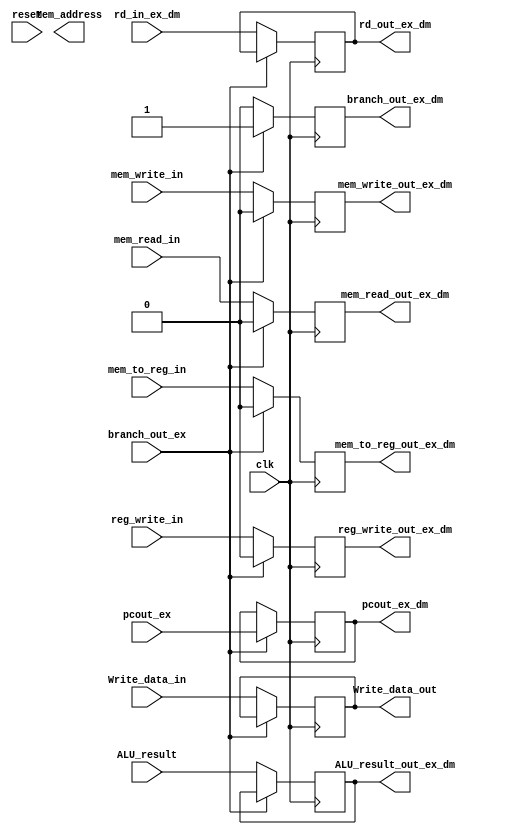
module EX_DM_register (
    ALU_result, ALU_result_out_ex_dm, mem_read_in, mem_write_in, Write_data_in, rd_in_ex_dm, Mem_address, mem_read_out_ex_dm, mem_write_out_ex_dm, Write_data_out, mem_to_reg_in, reg_write_in, mem_to_reg_out_ex_dm, reg_write_out_ex_dm, clk, reset, rd_out_ex_dm, branch_out_ex, branch_out_ex_dm,pcout_ex, pcout_ex_dm
);
input mem_to_reg_in, clk, reset, branch_out_ex;
input wire [4:0] rd_in_ex_dm;
input wire mem_read_in, mem_write_in, reg_write_in;
input wire [31:0] ALU_result, Write_data_in, pcout_ex;
output reg mem_read_out_ex_dm, mem_write_out_ex_dm, reg_write_out_ex_dm;
output reg [31:0] Mem_address, Write_data_out, pcout_ex_dm;
output reg mem_to_reg_out_ex_dm, branch_out_ex_dm;
output reg [4:0] rd_out_ex_dm;
output reg [31:0] ALU_result_out_ex_dm;
reg flag_ex_dm;
always @(posedge reset)
    begin
      flag_ex_dm = 1'b1;
    end
always @(negedge clk)
    begin
        if(branch_out_ex == 1)
        begin
            pcout_ex_dm = pcout_ex;
            branch_out_ex_dm = 1;
            mem_read_out_ex_dm <= 0;
            mem_write_out_ex_dm <= 0;
            mem_to_reg_out_ex_dm <= 0;
            reg_write_out_ex_dm <= 0;
        end
        else
        begin
            ALU_result_out_ex_dm <= ALU_result;
            rd_out_ex_dm <= rd_in_ex_dm;
            mem_read_out_ex_dm <= mem_read_in;
            mem_write_out_ex_dm <= mem_write_in;
            Write_data_out <= Write_data_in;
            mem_to_reg_out_ex_dm <= mem_to_reg_in;
            reg_write_out_ex_dm <= reg_write_in;
            branch_out_ex_dm <= 0;
        end
    end
endmodule